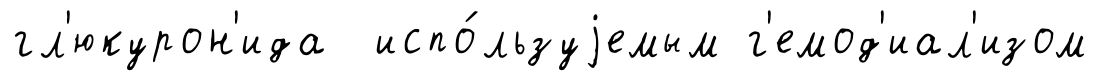
гл'юкурон'ида испо́льзуjемым г'емод'иал'изом